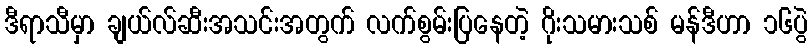
ဒီရာသီမှာ ချယ်လ်ဆီးအသင်းအတွက် လက်စွမ်းပြနေတဲ့ ဂိုးသမားသစ် မန်ဒီဟာ ၁၆ပွဲ